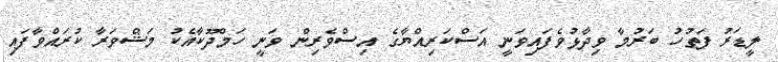
ލީޑަރު ފަތުހު ބަރުމާ ވިދާޅުވެފައިވަނީ އަސްކަރިއްޔާގެ އިސްވެރިން ވަނީ ހަމްދޫކާއެކު މަޝްވަރާ ކުރައްވާފައި